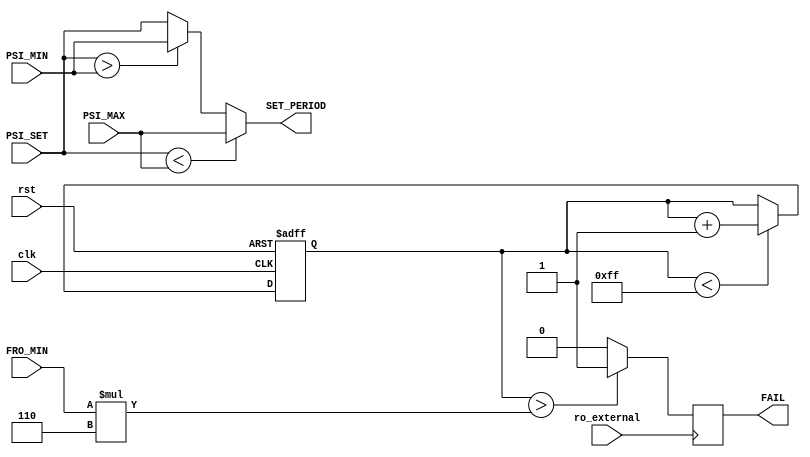
`timescale 1ns/1ns

module clock_monitor(input clk, rst, ro_external, input[7:0] FRO_MIN, PSI_MIN, PSI_MAX, PSI_SET, output [7:0] SET_PERIOD, output reg FAIL);
	assign SET_PERIOD = (PSI_SET < PSI_MAX) ? PSI_MAX : (PSI_SET > PSI_MIN) ? PSI_MIN : PSI_SET; 
	reg [7:0] data_flag;
	always@(posedge clk, posedge rst) begin
		if (rst) begin
			data_flag <= 8'd0;
		end
		else if(data_flag < 8'b11111111)
			data_flag <= data_flag + 1;
	end

	always @(posedge ro_external) begin
		if (data_flag > FRO_MIN * 6)
			FAIL <= 1'b1;
		else
			FAIL <= 1'b0;
	end
	
endmodule